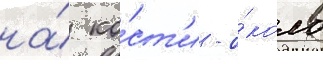
на́ ко́ст'и - о́коло